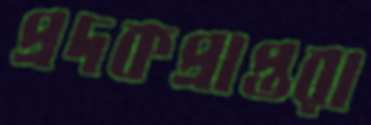
প্রদকপ্রাপ্তরা